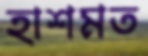
হাশমত